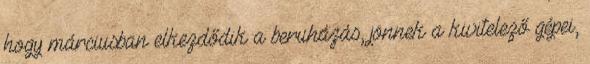
hogy márciusban elkezdődik a beruházás, jönnek a kivitelező gépei,